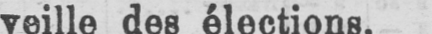
veille des élections.